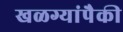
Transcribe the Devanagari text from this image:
खळग्यांपैकी